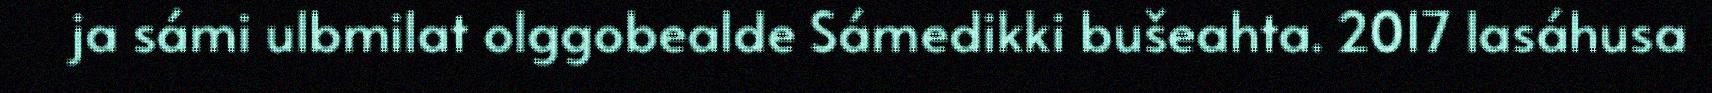
ja sámi ulbmilat olggobealde Sámedikki bušeahta. 2017 lasáhusa